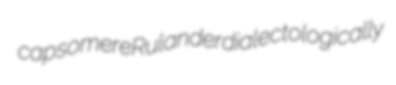
capsomere Rulander dialectologically